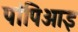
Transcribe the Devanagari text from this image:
पांपिआइ